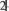
2